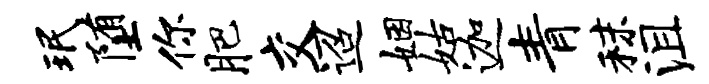
珉堕你肥交迢姻姑迦青秣沮